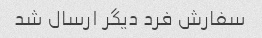
سفارش فرد دیگر ارسال شد